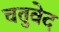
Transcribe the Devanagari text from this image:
चतुवेद